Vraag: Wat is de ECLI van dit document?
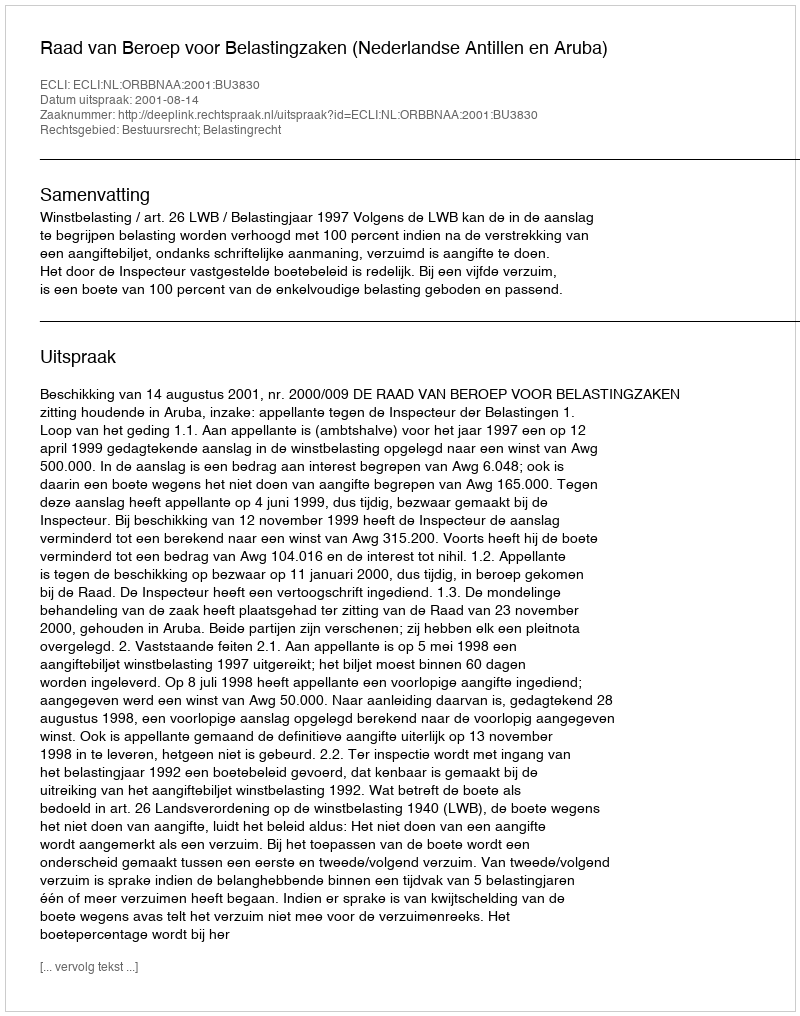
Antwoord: ECLI:NL:ORBBNAA:2001:BU3830